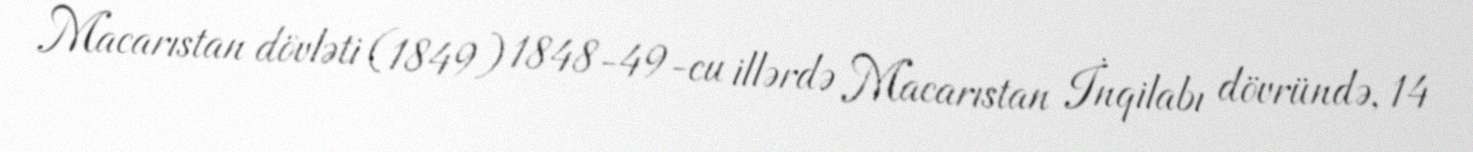
Macarıstan dövləti (1849) 1848-49-cu illərdə Macarıstan İnqilabı dövründə, 14